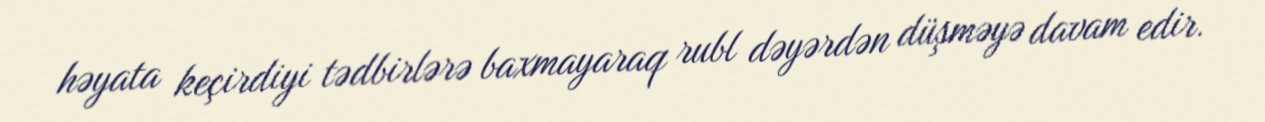
həyata keçirdiyi tədbirlərə baxmayaraq rubl dəyərdən düşməyə davam edir.